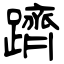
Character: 躋